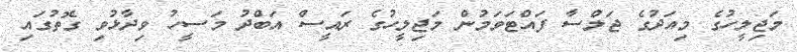
މަޖިލީހުގެ މިއަދުގެ ޖަލްސާ ފައްޓަވަމުން މަޖިލީހުގެ ރައީސް އަބްދު މަސީހު ވިދާޅުވި ގޮތުގައި